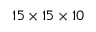
1 5 \times 1 5 \times 1 0